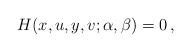
LaTeX: \begin{align*}H(x,u,y,v;\alpha,\beta)=0\,,\end{align*}